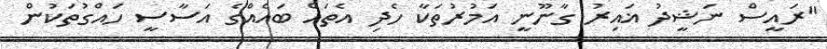
"ރައީސް ނަޝީދު ޣައިރު ގާނޫނީ އަމުރުތަކާ ހެދި އެތައް ބައެއްގެ އަސާސީ ހައްގުތަކުން